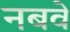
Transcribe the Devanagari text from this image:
नबवे